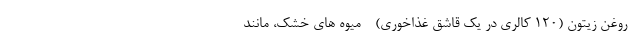
- روغن زیتون (120 کالری در یک قاشق غذاخوری) - میوه های خشک، مانند